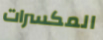
المكسرات